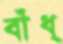
বাঁধ্‌